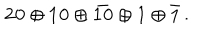
\bf 2 0 \oplus 1 0 \oplus \bar { 1 0 } \oplus 1 \oplus \bar { 1 } \, .